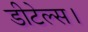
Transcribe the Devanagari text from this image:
डीटेल्स।